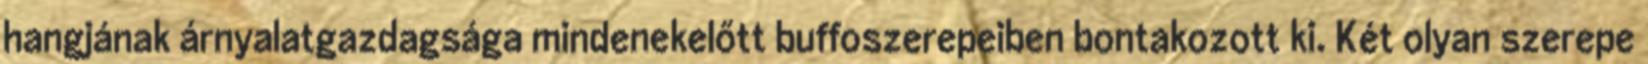
hangjának árnyalatgazdagsága mindenekelőtt buffoszerepeiben bontakozott ki. Két olyan szerepe